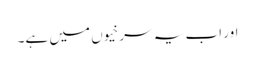
اور اب یہ سرخیوں میں ہے۔